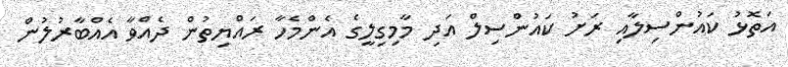
އަތޮޅު ކައުންސިލާއި ރަށު ކައުންސިލް އަދި މާމިގިލީގެ އެންމެހާ ރައްޔިތުން ދެއްވާ އެއްބާރުލުން